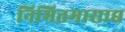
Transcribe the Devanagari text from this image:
निमित्तमासाद्य